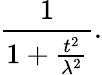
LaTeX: {\frac{1}{1+{\frac{t^{2}}{\lambda^{2}}}}}.